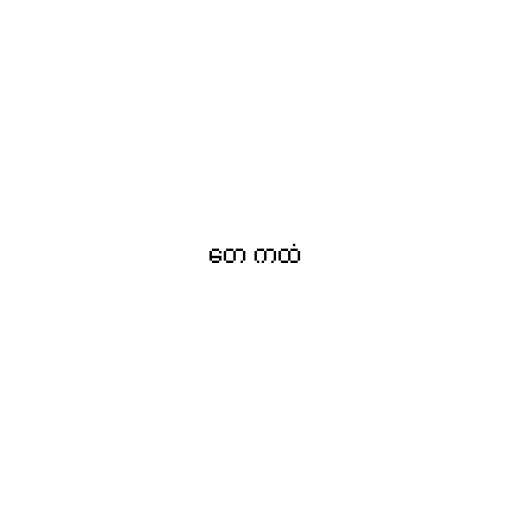
တေ ကထံ